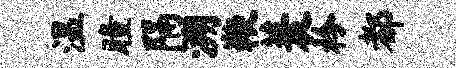
温瞳隔溯鞭蓑衿都